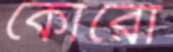
কোরো